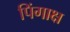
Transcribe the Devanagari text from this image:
पिंगाक्ष